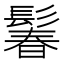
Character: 鬊